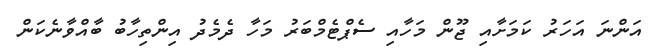
އަންނަ އަހަރު ކަމަށާއި ޖޫން މަހާއި ސެޕްޓެމްބަރު މަހާ ދެމެދު އިންތިހާބު ބާއްވާނެކަން